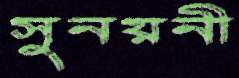
সুনয়নী